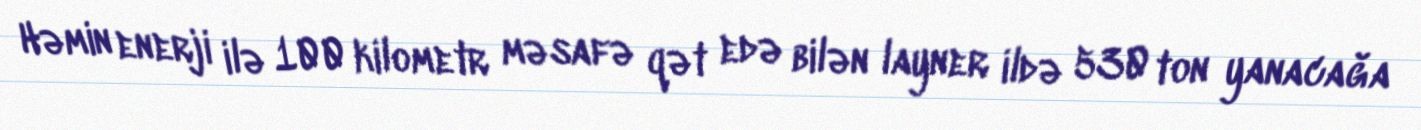
Həmin enerji ilə 100 kilometr məsafə qət edə bilən layner ildə 530 ton yanacağa